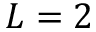
L = 2